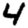
Digit: 4